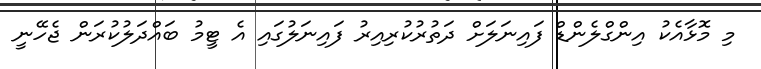
މި މޮޅާއެކު އިންގްލެންޑް ފައިނަލަށް ދަތުރުކުރިއިރު ފައިނަލުގައި އެ ޓީމު ބައްދަލުކުރަން ޖެހޭނީ